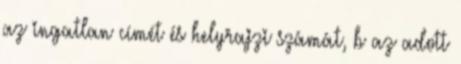
az ingatlan címét és helyrajzi számát, b az adott